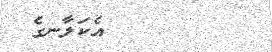
١١٢        އެކަލާނގެ